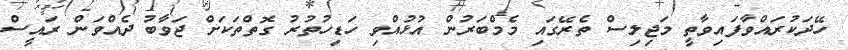
ހޭދަކުރައްވާފައިވާތީ މަޖިލިސް ތެރޭގައި މެމްބަރުން އުޅުއްވި ހަޑިހުތުރު ގޮތްތަކަށް ޖަވާބު ދެއްވަން ރައީސް